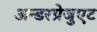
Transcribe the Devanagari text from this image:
अन्डरग्रेजुएट